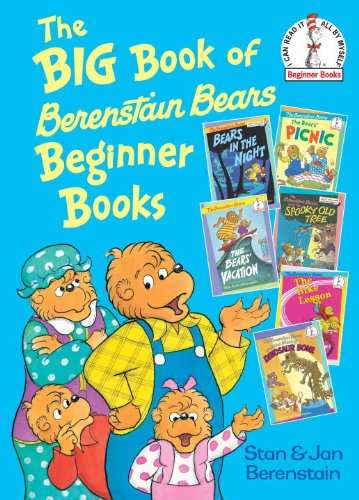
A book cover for The Big Book of Berenstain Bears Beginner Books (Beginner Books(R)); Stan Berenstain; Children's Books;